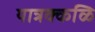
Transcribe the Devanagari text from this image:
यात्रक्कळि